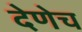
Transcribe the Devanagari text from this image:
देणेच